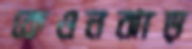
কেওনঝাড়